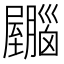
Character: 𫇂